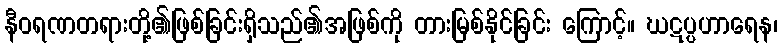
နီဝရဏတရားတို့၏ဖြစ်ခြင်းရှိသည်၏အဖြစ်ကို တားမြစ်နိုင်ခြင်း ကြောင့်။ ဃဋပ္ပဟာရေန၊